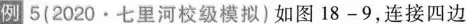
例5 (2020\cdot七里河校级模拟)如图18-9，连接四边